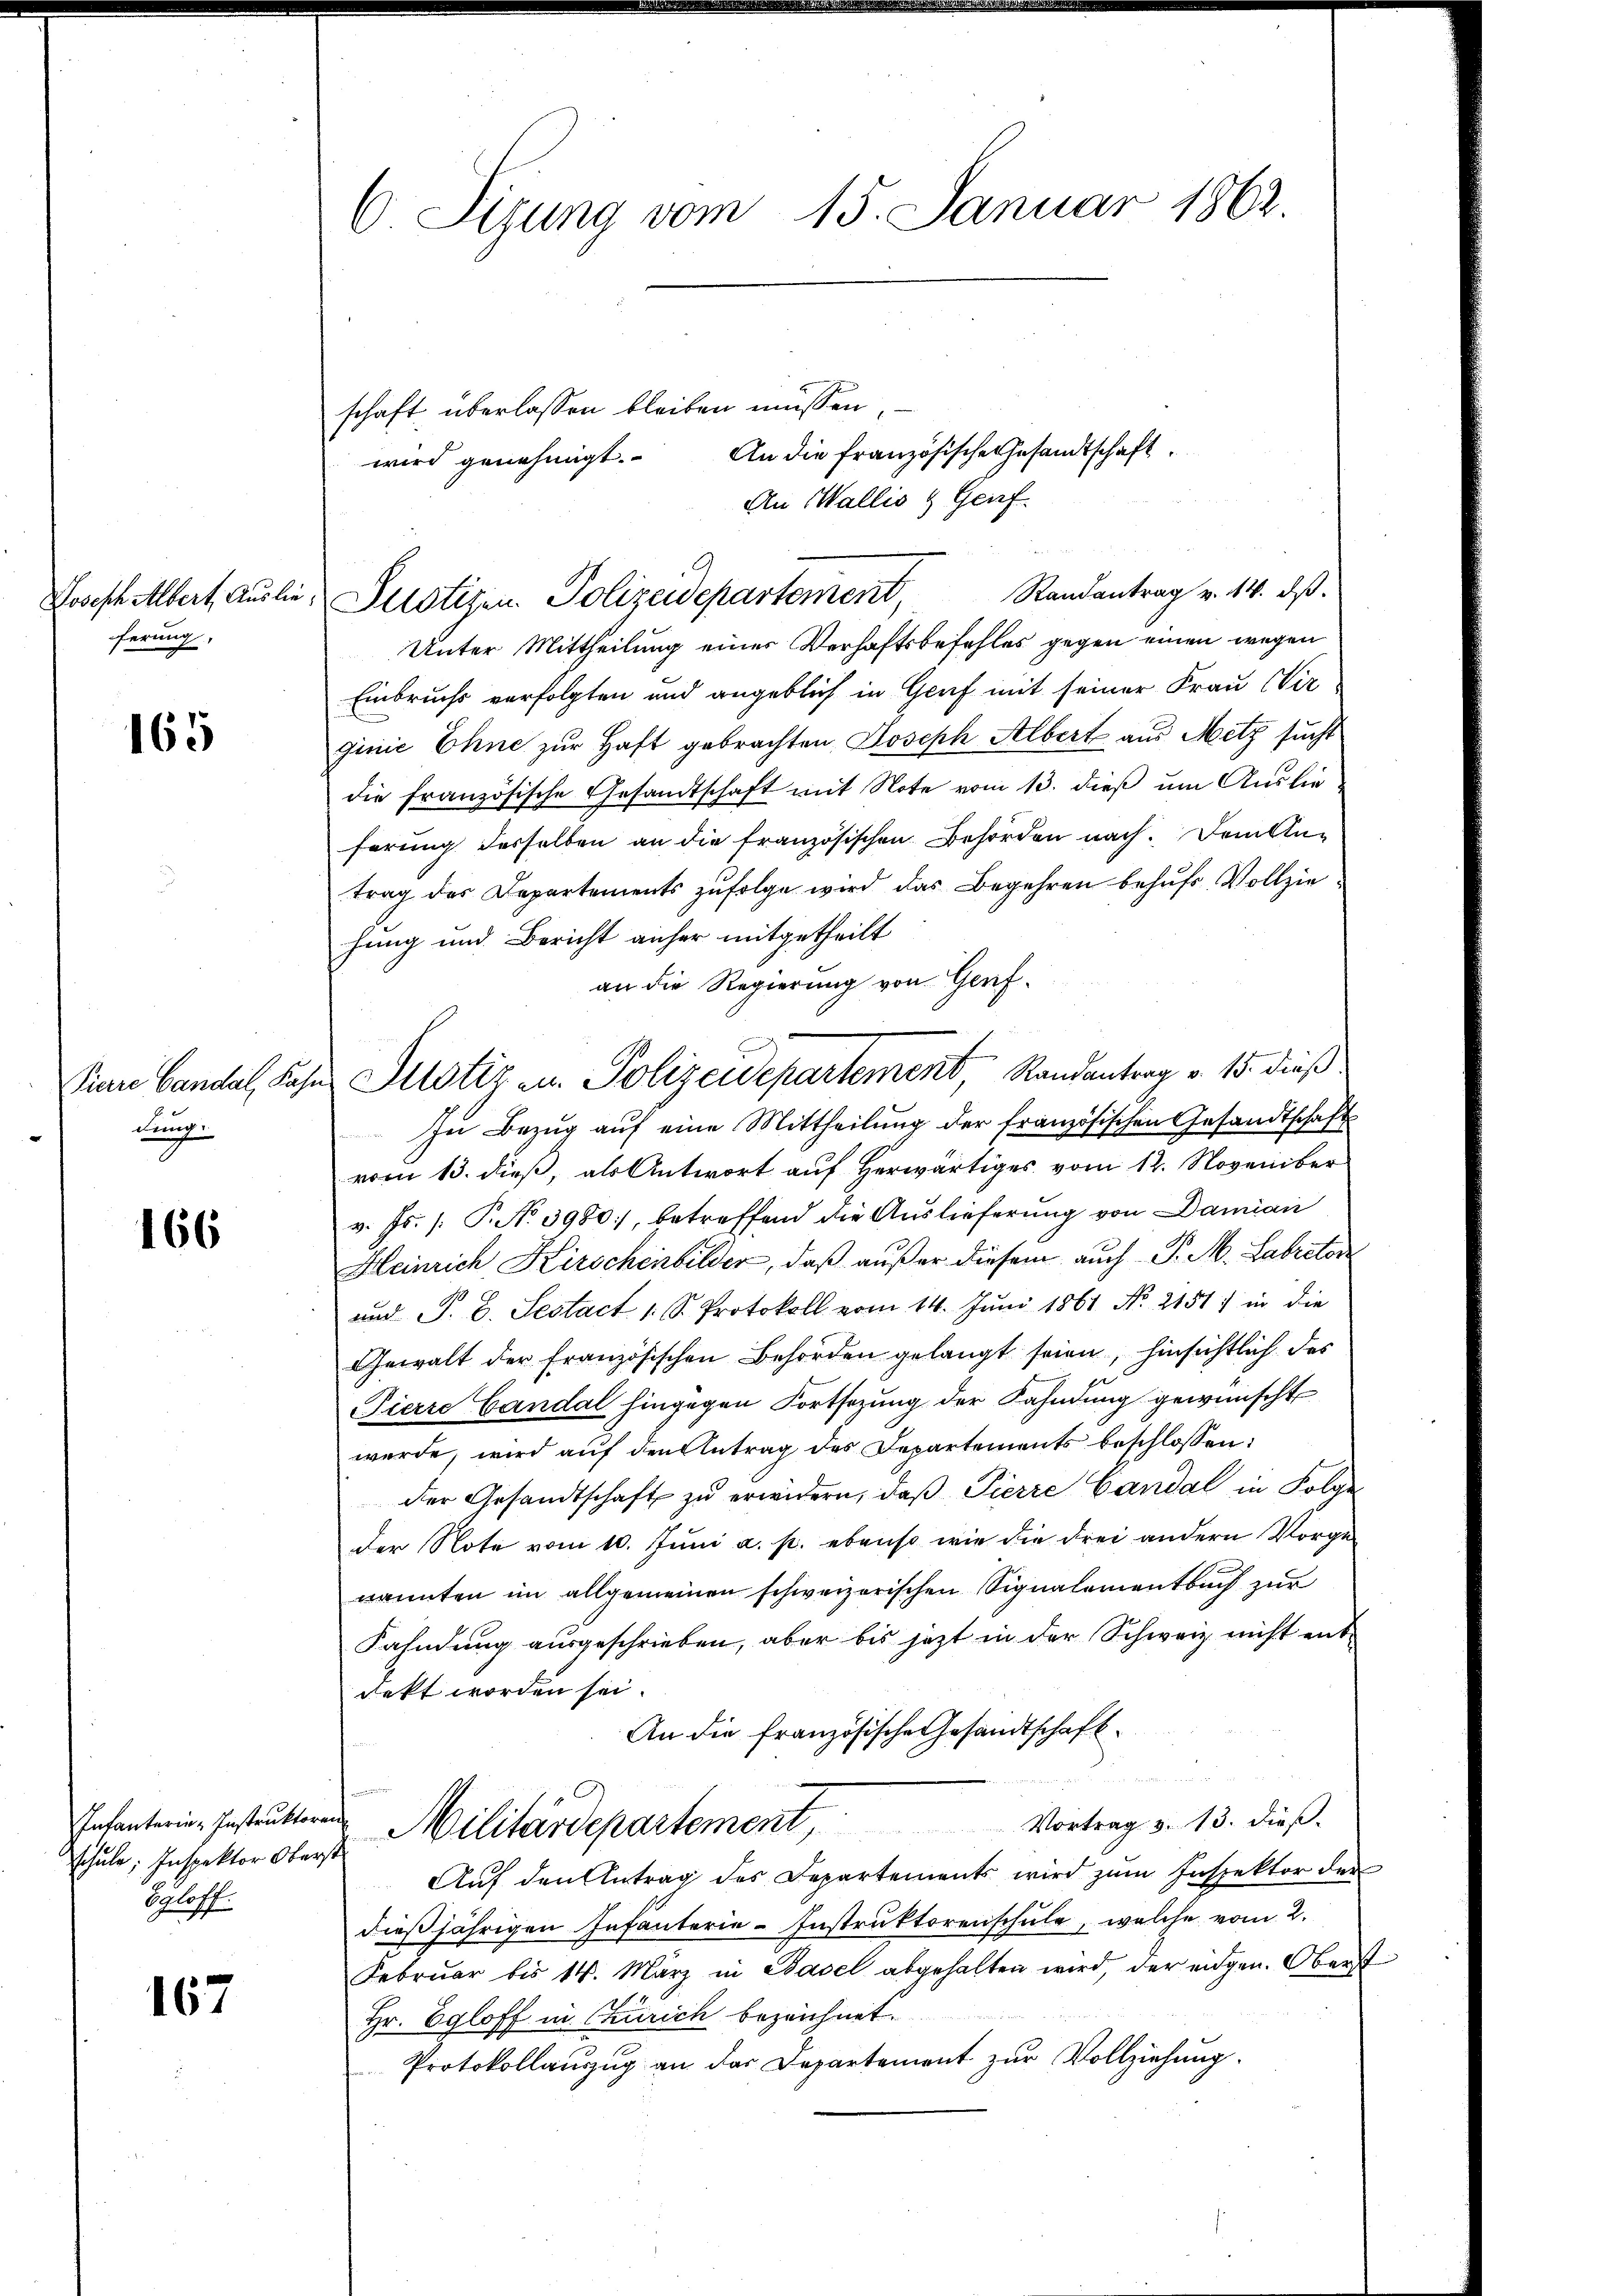
Joseph Albert, Auslie
ferung,

165

dung

166

schule, Inspektor Oberst
Schloff.

167

6Sizung vom 15. Januar 1862.

Randantrag v. 14. ds.
Justizen Polizeidepartement,

schaft überlassen bleiben müssen,
An die französische Gesandtschaft
wird genehmigt.
An Wallis & Genf.

Unter Mittheilung einer Verhaftsbefehles gegen einen wegen
Einbruchs verfolgten und angeblich in Genf mit seiner Frau Wir
ginie Ohne zur Haft gebrachten Joseph Albert aus Metz sucht
die französische Gesandtschaft mit Note vom 13. dieß um Auslieferung desselben an die französischen Behörden nach. Dem Antrag des Departements zufolge wird das Begehren behufs Vollziehung und Bericht anher mitgetheilt
an die Regierung von Genf¬
In Bezug auf eine Mittheilung der französischen Gesandtschaft
vom 13. dieß, als Antwort auf Herwärtiges vom 12. November
v. Js. /: P. No 3980, betreffend die Auslieferung von Damian
Heinrich Kirschenbilder, daß außer diesem auch P. M. Labratore
und S. B. Sestact 1 S. Protokoll vom 14. Juni 1861 No 2151: in die
Gewalt der französischen Behörden gelangt seien, hinsichtlich des
Pierre Landal hingegen Fortsezung der Fahndung gewünscht
werde, wird auf den Antrag des Departements beschlossen:
der Gesandtschaft zu erwidern, daß Pierre Candal in Folge
Der Note vom 10. Juni a. p. ebenso wie die drei andern Vorgenannten im allgemeinen schweizerischen Signalementbuch zur
Fahndung ausgeschrieben, aber bis jetzt in der Schweiz nicht entdekt worden sei.
An die französische Gesandtschaft.
Infanterie-Instrŭkter Militärdepartement, Vortrag v. 13. dieß.
Auf den Antrag des Departements wird zum Inspektor der
dießjährigen Infanterie-Instruktorenschule, welche vom 2.
Februar bis 14. März in Basel abgehalten wird, der eidgen. Oberst
Hr. Egloff in Zürich bezeichnet.
Protokollauszug an der Departement zur Vollziehung.

Einre Candal, Sohn Pilotiz zu. Polizeidepartement, Randantrag v. 15. dieß